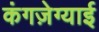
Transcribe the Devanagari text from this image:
कंगज़ेग्याई